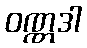
ဝဏ္ဏဒါ